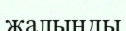
жалынды